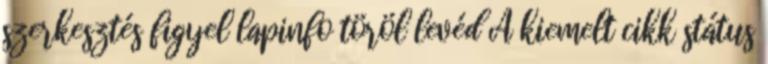
szerkesztés figyel lapinfo töröl levéd A kiemelt cikk státus